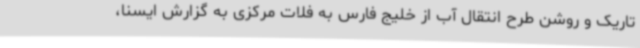
تاریک و روشن طرح انتقال آب از خلیج فارس به فلات مرکزی به گزارش ایسنا،